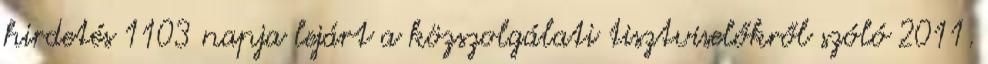
hirdetés 1103 napja lejárt a közszolgálati tisztviselőkről szóló 2011.